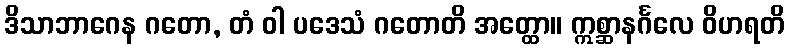
ဒိသာဘာဂေန ဂတော, တံ ဝါ ပဒေသံ ဂတောတိ အတ္ထော။ ဣစ္ဆာနင်္ဂလေ ဝိဟရတိ